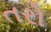
તરો